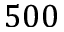
5 0 0